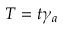
T = t \gamma _ { a }